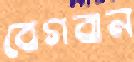
বেগবান